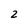
Character: 2